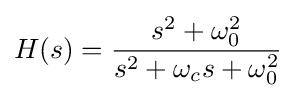
H(s)={\frac {s^{2}+\omega _{0}^{2}}{s^{2}+\omega _{c}s+\omega _{0}^{2}}}